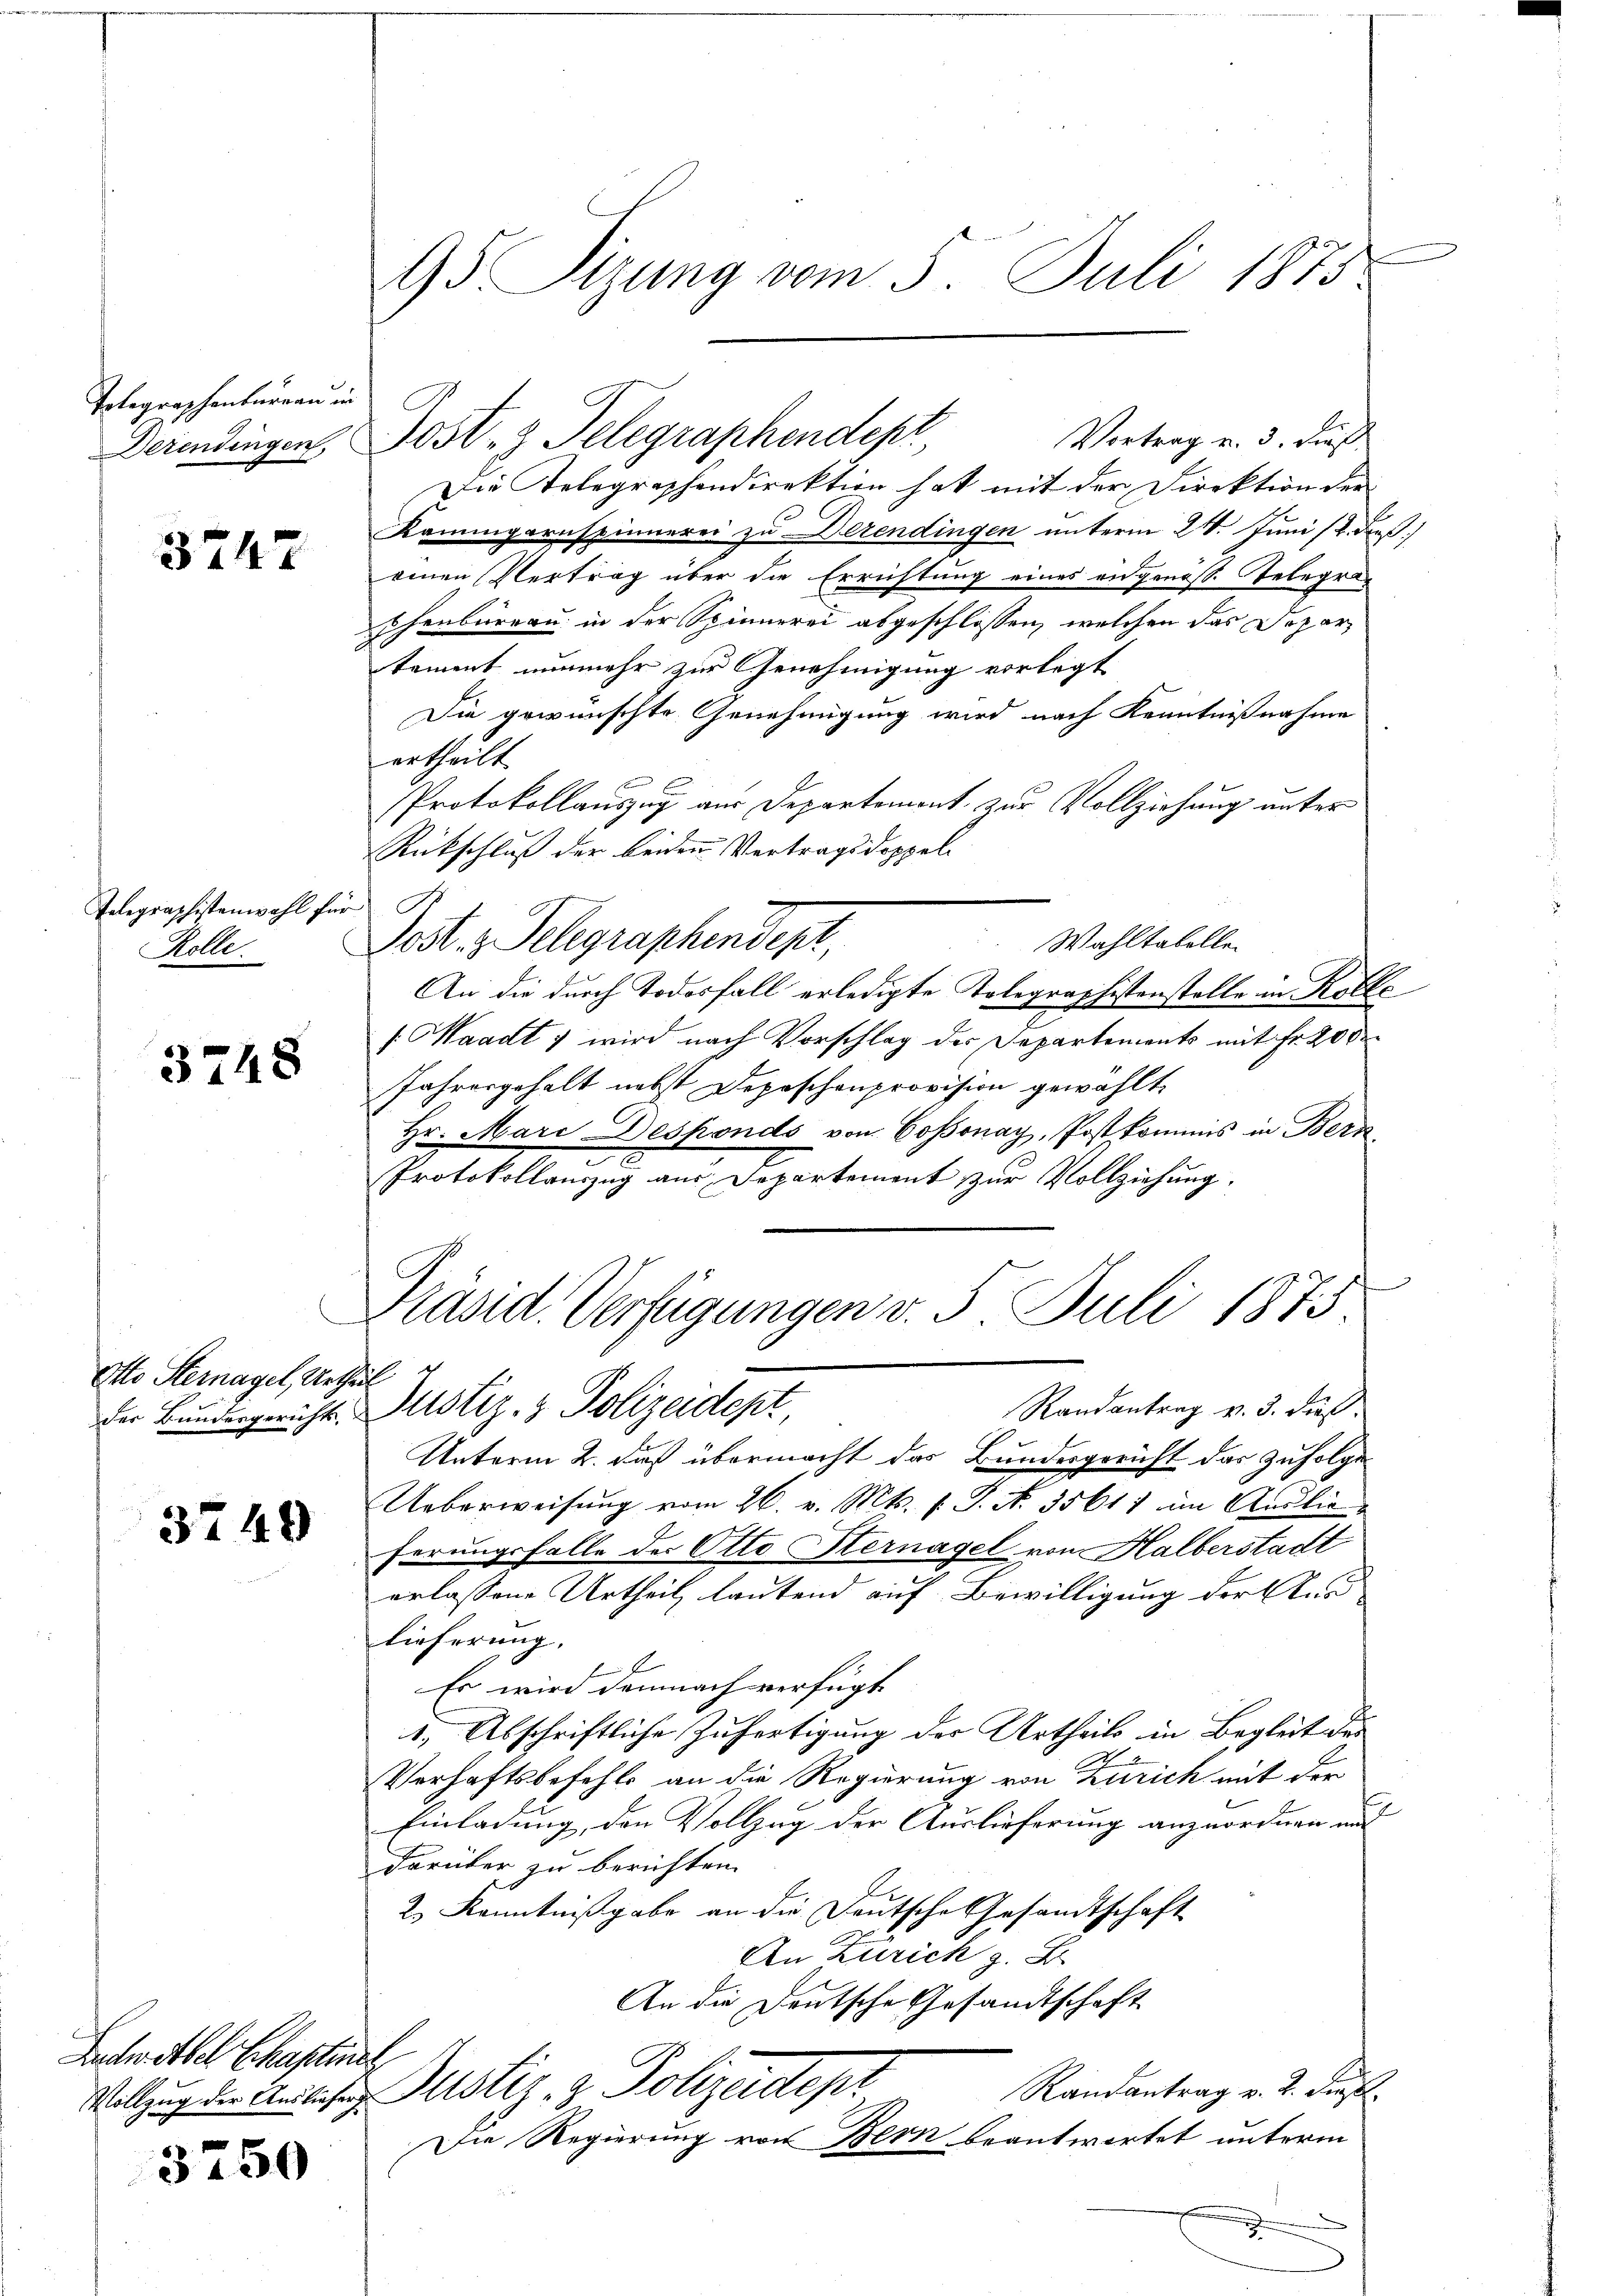
Tolegraphenbureau in

3747

Telegraphistenwohl für
Rolle.

3748

Otto Sternagel, Urtheil

3749

Buchen Abel Schaftenen,

3750

95 Sizung vom 5. Juli 1875

Vortrag u. 3. dieß
Derendingen Post- & Telegraphendepr
Die Telegraphendirektion hat mit der Direktion der
Kamingarnspinnerei zu Derendingen unterm 24. Juni /2. dieß
einen Vertrag über die Errichtung eines angenoss. Telegra¬
Chenbureau in der Spinnerei abgeschlossen, welchen das Departement nunmehr zur Genehmigung vorlegt
Die gewünschte Genehmigung wird nach Kenntnißnahme
ertheilt.
Protokollauszug aus Departement zur Vollziehung unter
Rückschluß der beiden Vertragsdoppel¬
Wahltabellen
Post. z. Telegraphendept,
An die durch Todesfall erledigte Tolegraphistenstelle in Kolle
Waadt 1 wird nach Vorschlag der Departements mit Fr. 200
Jahresgehalt nebst Depeschenprovision gewählt
Hr. Mari Desponds von Cossonay, Postkommis in Bern
Protokollauszug aus Departement zur Vollziehung.
e
Randantrag v. 3. dies
der Bundesgericht. Justiz- & Polizeidept
Unterm 2. Fuß übermacht das Bundesgericht das zufolge
Ueberweisung vom 26. v. Mts. v. J. N. 35617 im Auslie
ferungsfalle der Otto Hernagel von Halberstadt
erlassene Urtheil lautend auf Bewilligung der An-
lieferung,
Es wird demnach verfügt
1.) Abschriftliche Zufertigung der Urtheils in Begleit des
E
Verhaftsbefehls an die Regierung von Zürich mit der
Einladung, den Vollzug der Auslieferung anzuordnen und
Darüber zu berichten.
2.) Kenntnißgabe an die Deutsche Gesandtschaft
An Zürich z. B.
An die Deutsche Gesandtschaft
Randantrag v. 2. Dies
Vollzug der Ansehung ustiz- & Polizeidept
Die Regierung von Bern beantwortet unterm

Präsid. Verfügungen v. 5. Juli 1873.
g